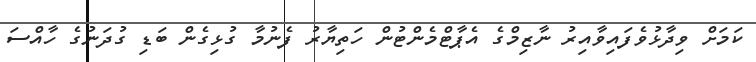
ކަމަށް ވިދާޅުވެފައިވާއިރު ނާޒިމްގެ އެޕާޓްމެންޓުން ހަތިޔާރު ފެނުމާ ގުޅިގެން ބަޑި ގުދަނުގެ ހާއްސަ